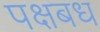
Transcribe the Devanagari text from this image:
पक्षबध